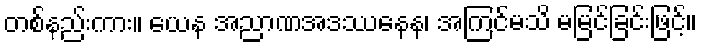
တစ်နည်းကား။ ယေန အညာဏအဒဿနေန၊ အကြင်မသိ မမြင်ခြင်းဖြင့်။